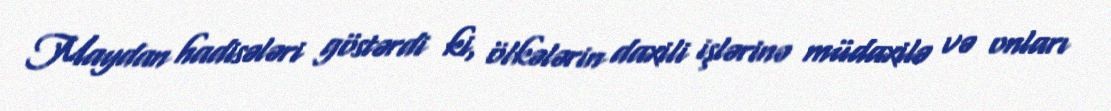
Maydan hadisələri göstərdi ki, ölkələrin daxili işlərinə müdaxilə və onları